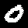
Label: 0